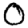
Digit: 0